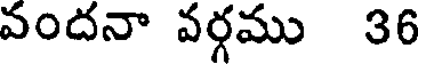
వందనా వర్గము 36